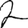
Digit: 2